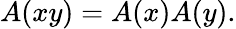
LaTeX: A(xy)=A(x)A(y).